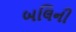
બલિની